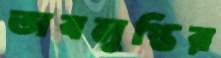
অবলুপ্তির